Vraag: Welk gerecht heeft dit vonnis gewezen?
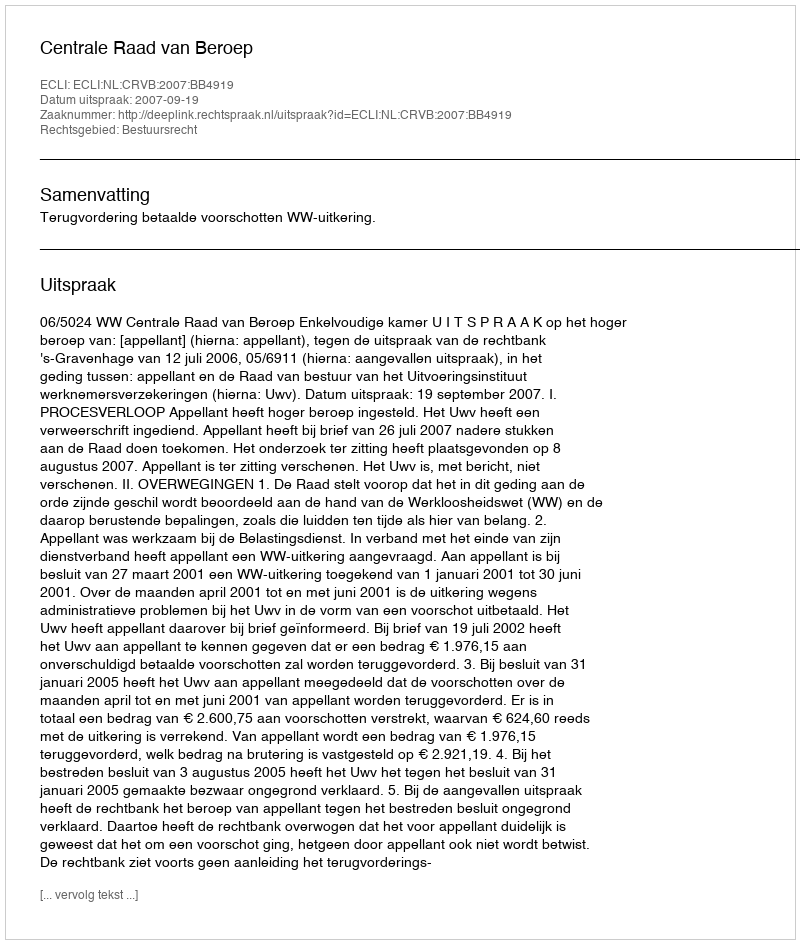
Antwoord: Centrale Raad van Beroep